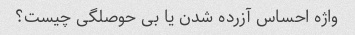
واژه احساس آزرده شدن یا بی حوصلگی چیست؟